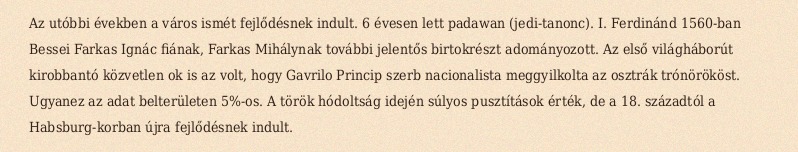
Az utóbbi években a város ismét fejlődésnek indult. 6 évesen lett padawan (jedi-tanonc). I. Ferdinánd 1560-ban Bessei Farkas Ignác fiának, Farkas Mihálynak további jelentős birtokrészt adományozott. Az első világháborút kirobbantó közvetlen ok is az volt, hogy Gavrilo Princip szerb nacionalista meggyilkolta az osztrák trónörököst. Ugyanez az adat belterületen 5%-os. A török hódoltság idején súlyos pusztítások érték, de a 18. századtól a Habsburg-korban újra fejlődésnek indult.